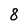
Character: 8